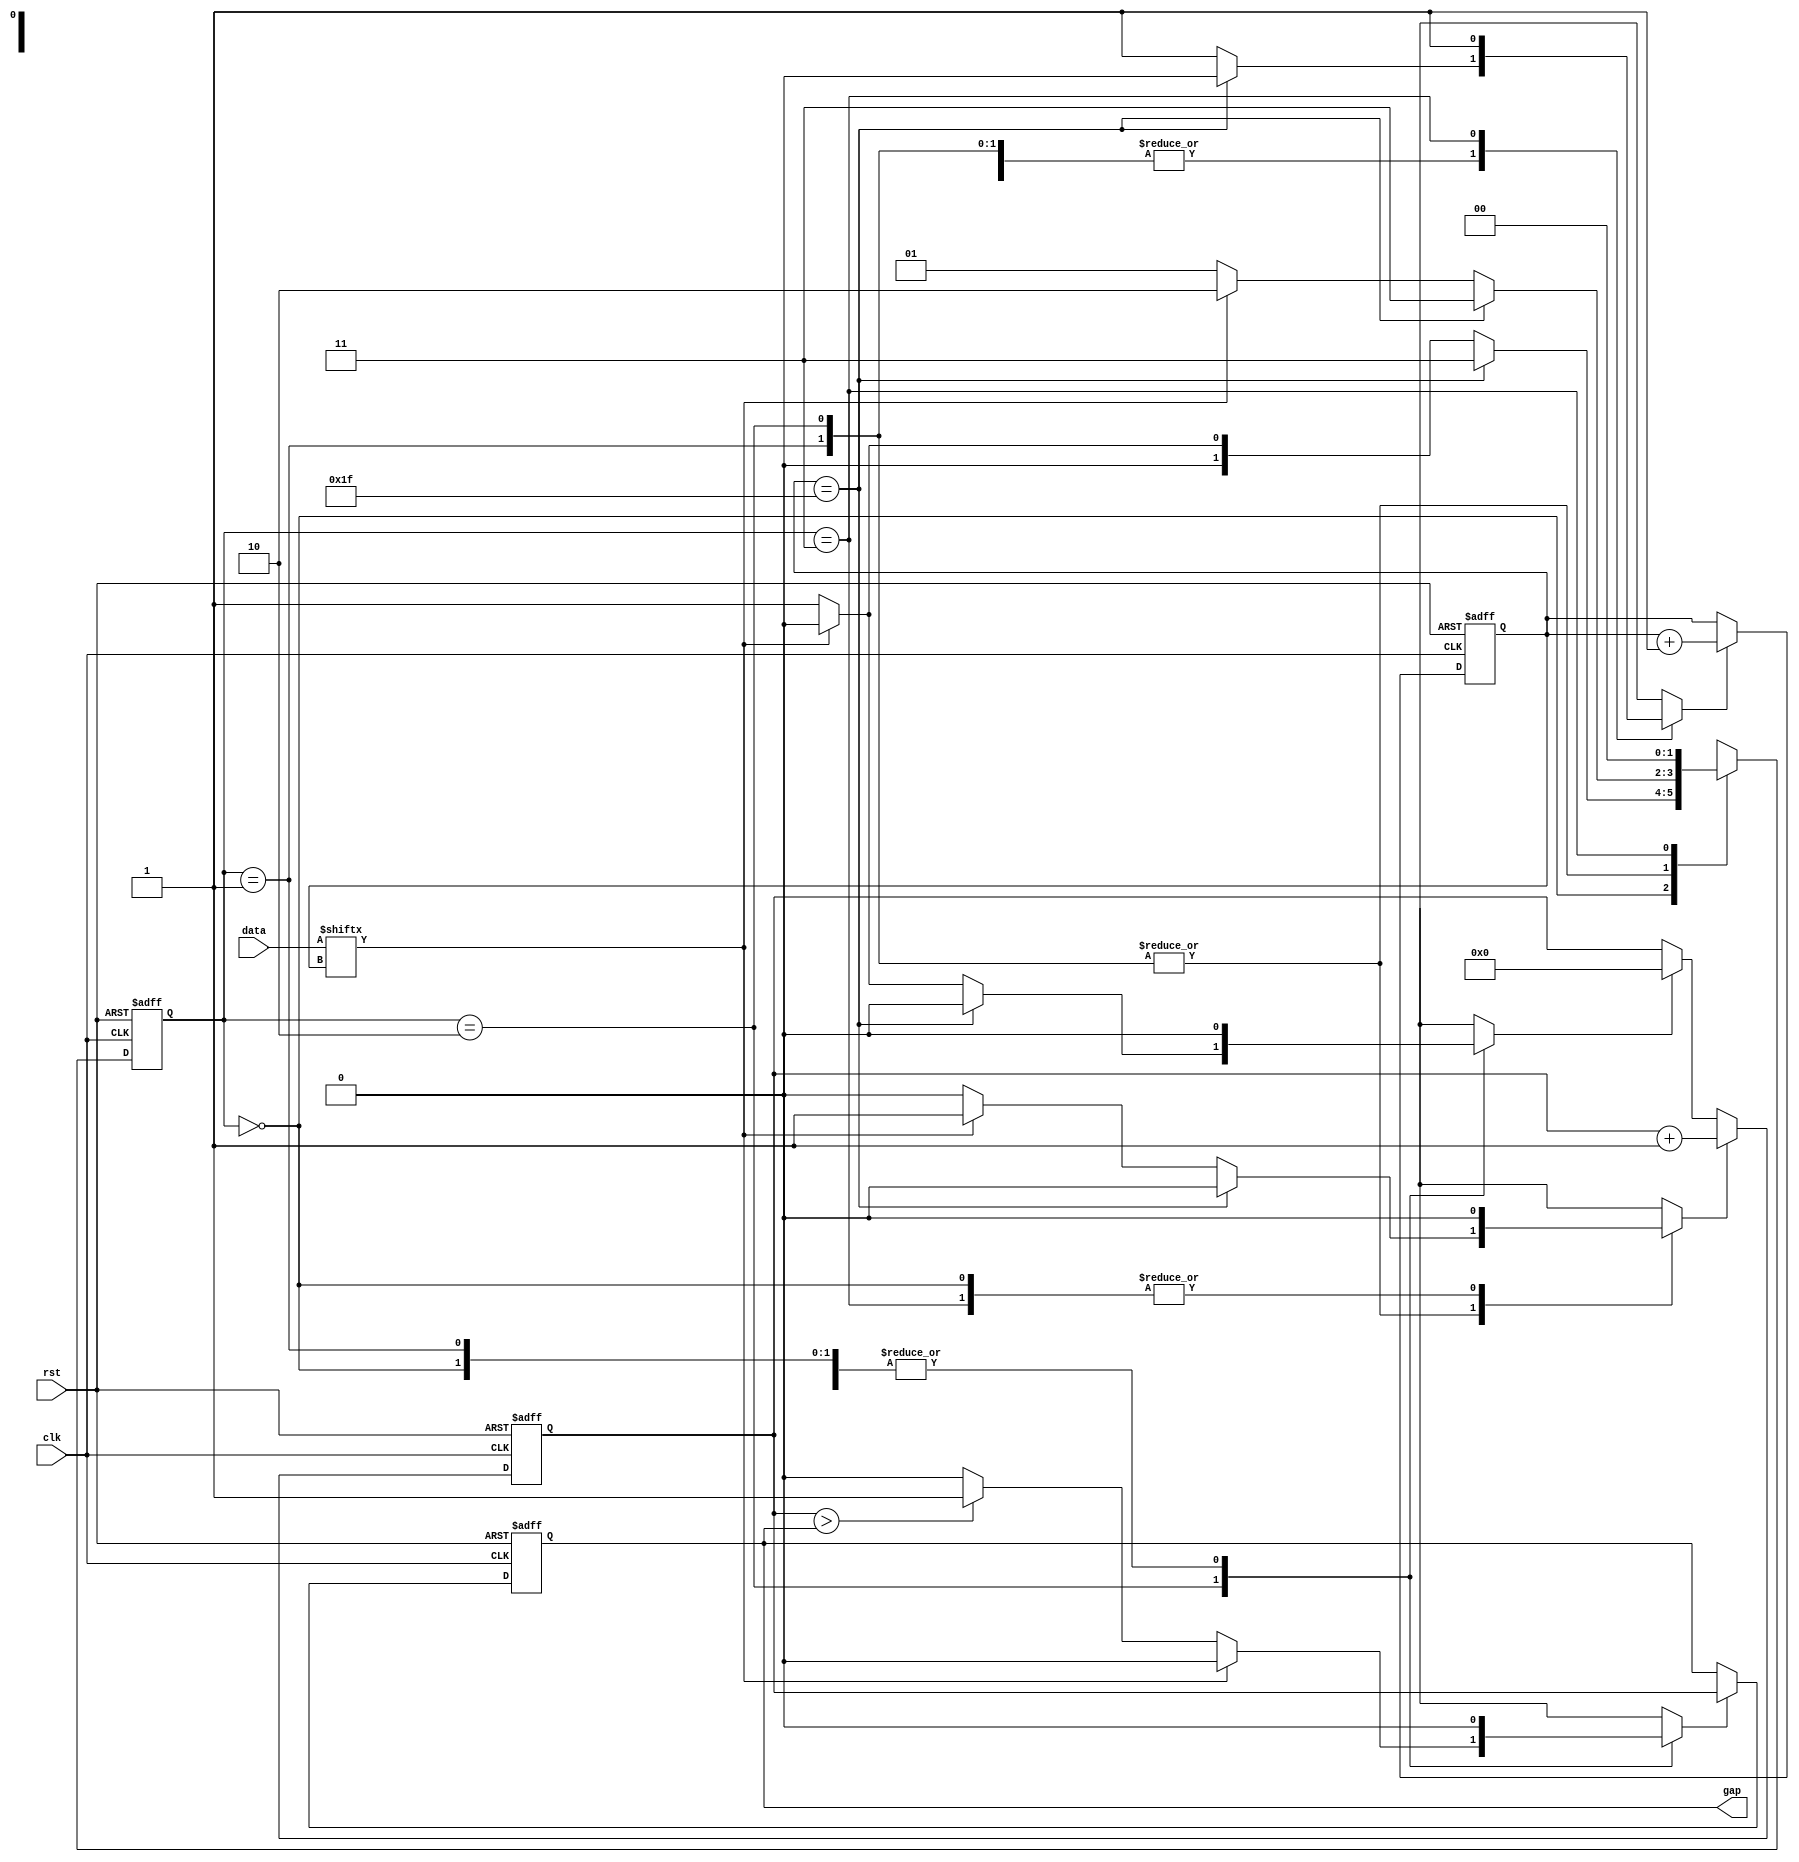
module gap(data,clk,rst,gap);

input clk,rst;
input [31:0] data;
output [4:0] gap;


reg [4:0] gap,tmp,k;
reg flush_tmp,store_tmp,incr_k,incr_tmp;
parameter s_idle=0,s_1=1,s_2=2,s_done=3;
reg[1:0] state,next_state;
wire Bit=data[k];

always @(posedge clk,posedge rst)
	if(rst)
		state<=s_idle;
	else 
		state<=next_state;
		
always @(state or Bit or k)
	begin
	next_state=state;
	incr_tmp=0;
	incr_k=0;
	store_tmp=0;
	flush_tmp=0;
	
		case(state)
			s_idle : if(k==31) next_state=s_done;
						else if(Bit == 0) begin next_state=s_1;incr_k=1;end 
						else begin next_state=s_idle;incr_k=1;end 
			s_1    : if(k==31) next_state=s_done;
						else if(Bit) begin next_state=s_2;incr_k=1;incr_tmp=1;end
								else begin next_state=s_1;incr_k=1;end 
			s_2    : if(k==31) 
							if(Bit == 0)
								if(tmp > gap)
									begin store_tmp=1;next_state=s_done;end
								else next_state=s_done;
							else next_state=s_done;
						else begin 
							if(Bit == 0)
								if(tmp > gap)
									begin store_tmp=1;next_state=s_1;incr_k=1;flush_tmp=1;end 
								else begin flush_tmp=1;incr_k=1;next_state=s_1;end
							else begin incr_tmp=1;incr_k=1;next_state=s_2;end
						end 
			s_done  : begin next_state=s_idle;incr_k=1;end 
			default :next_state=s_idle;
		endcase	
	end
always @(posedge clk,posedge rst)
		begin
			if(rst)
				begin
					k<=0;
					tmp<=0;
					gap<=0;
				end
				else 
					begin
						if(flush_tmp) tmp<=0;
						if(store_tmp) gap<=tmp;
						if(incr_k)k<=k+1;
						if(incr_tmp) tmp<=tmp+1;
				end 
		 end
endmodule